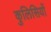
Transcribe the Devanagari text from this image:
कुलिसियों